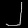
Digit: ၂